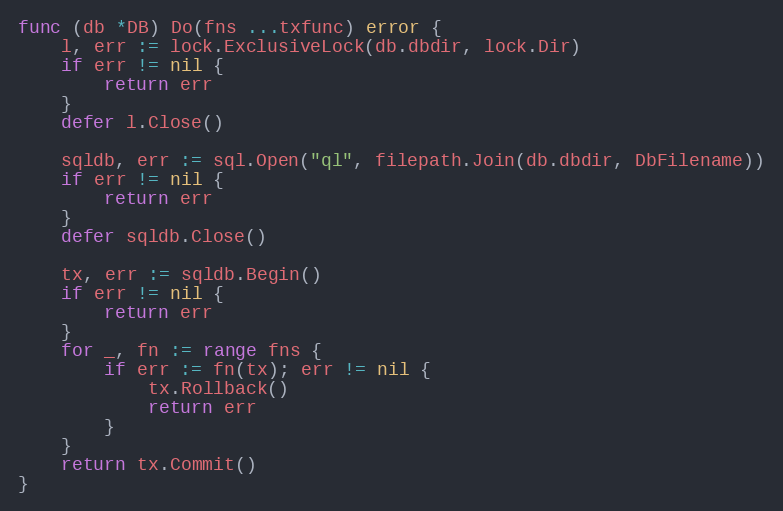
Language: Go
func (db *DB) Do(fns ...txfunc) error {
	l, err := lock.ExclusiveLock(db.dbdir, lock.Dir)
	if err != nil {
		return err
	}
	defer l.Close()

	sqldb, err := sql.Open("ql", filepath.Join(db.dbdir, DbFilename))
	if err != nil {
		return err
	}
	defer sqldb.Close()

	tx, err := sqldb.Begin()
	if err != nil {
		return err
	}
	for _, fn := range fns {
		if err := fn(tx); err != nil {
			tx.Rollback()
			return err
		}
	}
	return tx.Commit()
}